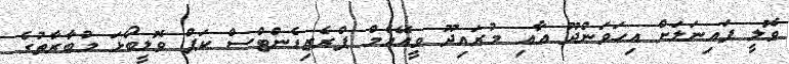
ވޮލީ ފައިނަލަށް އިހަވަންދޫ އާއި މުރައިދޫ ވީއޭއެމް ޕްރެޒިޑެންޓްސް ކަޕް ވޮލީބޯޅަ މުބާރާތުގެ